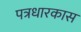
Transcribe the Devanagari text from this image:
पत्रधारकास